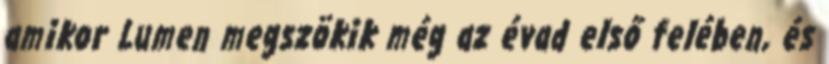
amikor Lumen megszökik még az évad első felében, és